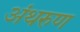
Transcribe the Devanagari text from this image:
अंथरुण